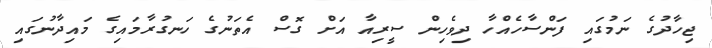
ޖިހާދުގެ ނަމުގައި ފަންސާހެއްހާ ދިވެހިން ސީރިއާ އަށް ގޮސް އެތަނުގެ ހަނގުރާމައިގެ މައިދާނުގައި